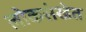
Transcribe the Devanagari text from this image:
लोकसंखेत